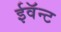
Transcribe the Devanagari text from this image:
ईवॅन्ट